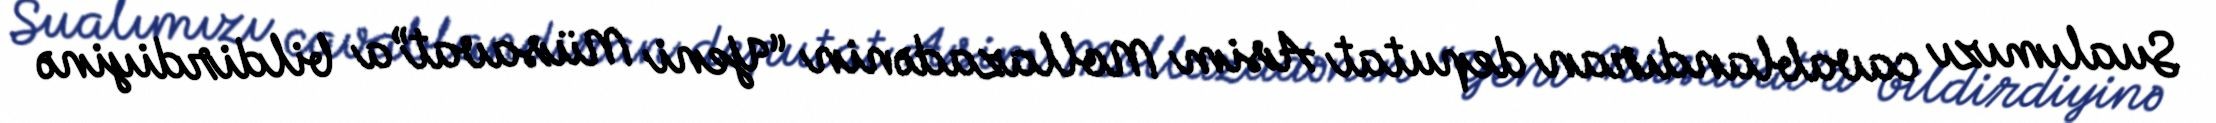
Sualımızı cavablandıran deputat Asim Mollazadənin “Yeni Müsavat”a bildirdiyinə